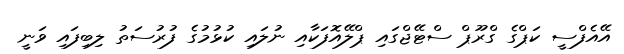
އޭއެފްސީ ކަޕްގެ ގްރޫޕް ސްޓޭޖްގައި ޕްލޭއޮފަކާއި ނުލައި ކުޅުމުގެ ފުރުސަތު ލިބިފައި ވަނީ